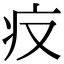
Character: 𤴨